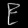
Digit: ၉